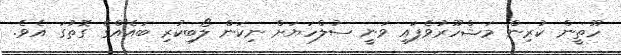
ހޫތީން ކުރިން މަޝްހޫރުވެފައި ވަނީ ސުލްހަޔަށް ނިކަން ލޯބިކުރި ބައެއްގެ ގޮތުގަ އެވެ.